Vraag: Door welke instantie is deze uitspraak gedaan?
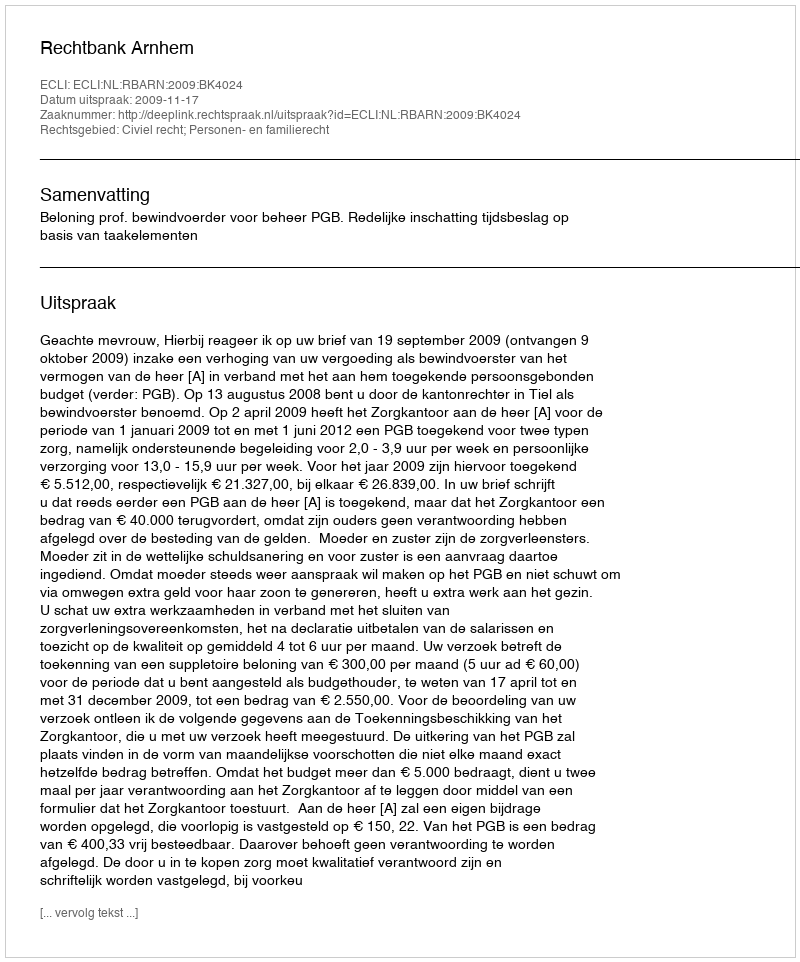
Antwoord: Rechtbank Arnhem